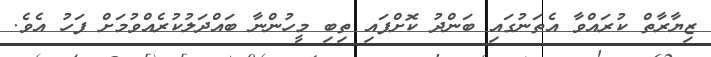
ޒިޔާރާތް ކުރައްވާ އެތަނުގައި ބަންދު ކޮށްފައި ތިބި މީހުންނާ ބައްދަލުކުރެއްވުމަށް ފަހު އެވެ.